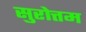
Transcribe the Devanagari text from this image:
सुरोत्तम